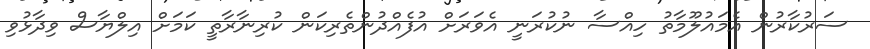
ސަރުކާރުން އެމައުލޫމާތު ހިއްސާ ނުކުރަނީ އެވަރަށް އުފެއްދުންތެރިކަން ކުރިނާރާތީ ކަމަށް އިލްޔާސް ވިދާޅުވި